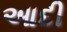
આદી